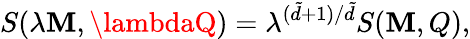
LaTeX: S(\lambda\mathbf{M},\lambdaQ)=\lambda^{(\tilde{{d}}+1)/\tilde{{d}}}S(\mathbf{M},Q),